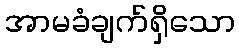
အာမခံချက်ရှိသော